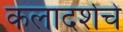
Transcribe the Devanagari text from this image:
कलादर्शचे